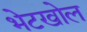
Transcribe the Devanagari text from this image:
भेटखोल